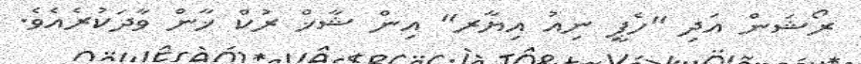
ރޯޝަން އަދި "ހެޕީ ނިއު އިޔާރ" އިން ޝާޚް ރުކް ޚާން ވާދަކުރެއެވެ.